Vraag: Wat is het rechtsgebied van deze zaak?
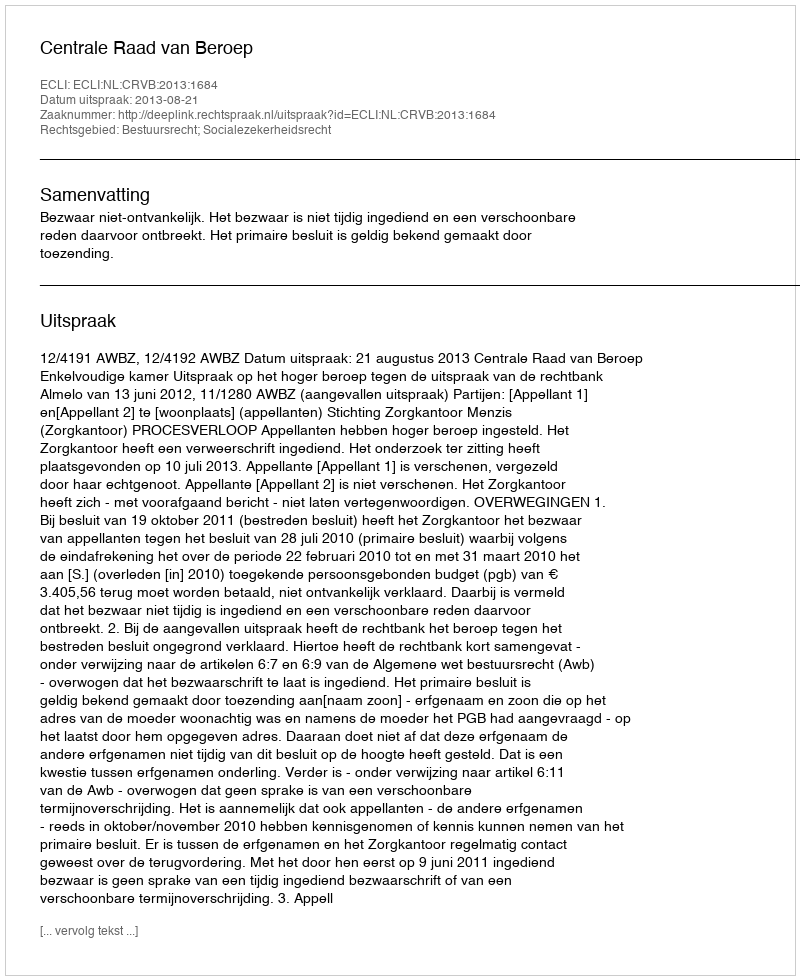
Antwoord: Bestuursrecht; Socialezekerheidsrecht